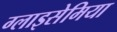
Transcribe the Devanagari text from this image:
ग्लाइसेमिया